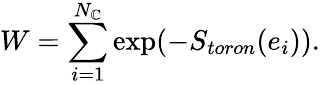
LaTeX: W=\sum_{i=1}^{N_{\mathbb{C}}}\mathrm{{exp}}(-S_{toron}(e_{i})).